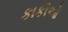
કાકીઓ